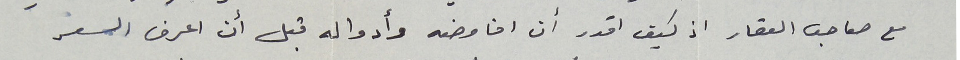
مع صاحب العقار اذ كيف اقدر أن افاوضه وأدواله قبل أن اعرف السعر